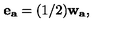
{ \bf e _ { a } } = ( 1 / 2 ) { \bf w _ { a } } ,